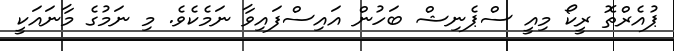
ޕުއެރްތޮ ރީކޯ މިއީ ސްޕެނިޝް ބަހުން އައިސްފައިވާ ނަމެކެވެ. މި ނަމުގެ މާނައަކީ